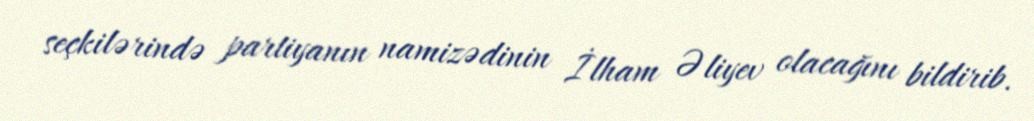
seçkilərində partiyanın namizədinin İlham Əliyev olacağını bildirib.